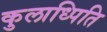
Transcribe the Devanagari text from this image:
कुलाध्पिति